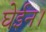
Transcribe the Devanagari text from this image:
घेईन।